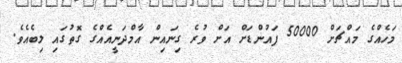
މަހެއްގެ މައްޗަށް 50000 ފައުންޑަށް އަށް ވުރެ ގިނައިން އާމްދަނީއެއްގެ ގޮތުގައި ލިބެއެވެ.